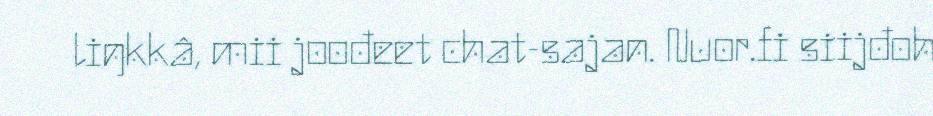
liŋkkâ, mii joođeet chat-sajan. Nuor.fi siijđoh